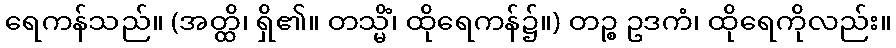
ရေကန်သည်။ (အတ္ထိ၊ ရှိ၏။ တသ္မိံ၊ ထိုရေကန်၌။) တဉ္စ ဥဒကံ၊ ထိုရေကိုလည်း။